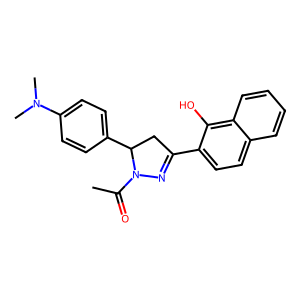
SMILES: CC(=O)N1N=C(c2ccc3ccccc3c2O)CC1c1ccc(N(C)C)cc1
Inhibits HIV replication: No